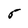
Character: 5